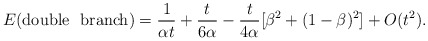
\begin{align*}E({\rm double~~ branch})=\frac{1}{\alpha t}+\frac{t}{6\alpha}-\frac{t}{4\alpha}[\beta^2+(1-\beta)^2]+ O(t^2).\end{align*}